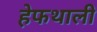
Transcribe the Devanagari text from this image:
हेफथाली